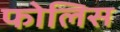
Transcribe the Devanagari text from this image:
फोलिस